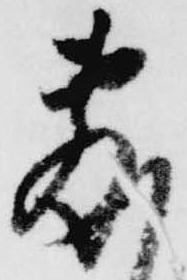
敷